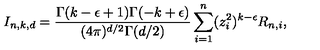
I _ { n , k , d } = \frac { \Gamma ( k - \epsilon + 1 ) \Gamma ( - k + \epsilon ) } { ( 4 \pi ) ^ { d / 2 } \Gamma ( d / 2 ) } \sum _ { i = 1 } ^ { n } ( z _ { i } ^ { 2 } ) ^ { k - \epsilon } R _ { n , i } ,